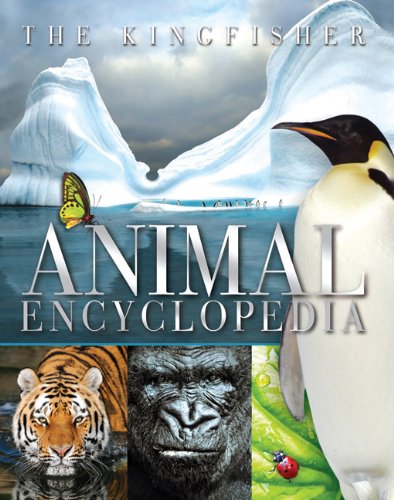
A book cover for The Kingfisher Animal Encyclopedia (Kingfisher Encyclopedias); David Burnie; Reference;